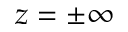
z = \pm \infty